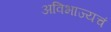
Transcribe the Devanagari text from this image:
अविभाज्यचं